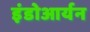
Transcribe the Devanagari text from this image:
इंडोआर्यन